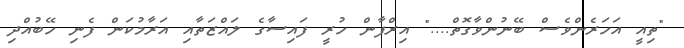
"ތިއީ އަހަރެންވެސް ބޭނުންވާގޮތް...." އިރްފާން ހުރީ ފައިސާގެ ލައްޒަތާއި އަރާމުކަން ފެނި ހޭބުއްދި